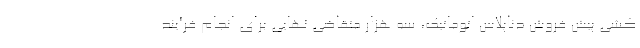
کشی پیش فروش دناپلاس اتوماتیک،‌ سه هزار متقاضی نهایی برای انجام فرآیند